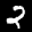
Label: 2